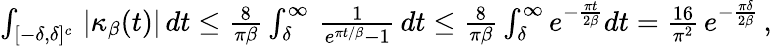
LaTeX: \begin{array}{r}{\int_{[-\delta,\delta]^{c}}\, |\kappa_{\beta}(t)|\, dt\le\frac{8}{\pi\beta}\int_{\delta}^{\infty}\, \frac{1}{e^{\pi t/\beta}-1}\, dt\le\frac{8}{\pi\beta}\int_{\delta}^{\infty}e^{-\frac{\pi t}{2\beta}}dt=\frac{16}{\pi^{2}}\, e^{-\frac{\pi\delta}{2\beta}}\, ,}\end{array}